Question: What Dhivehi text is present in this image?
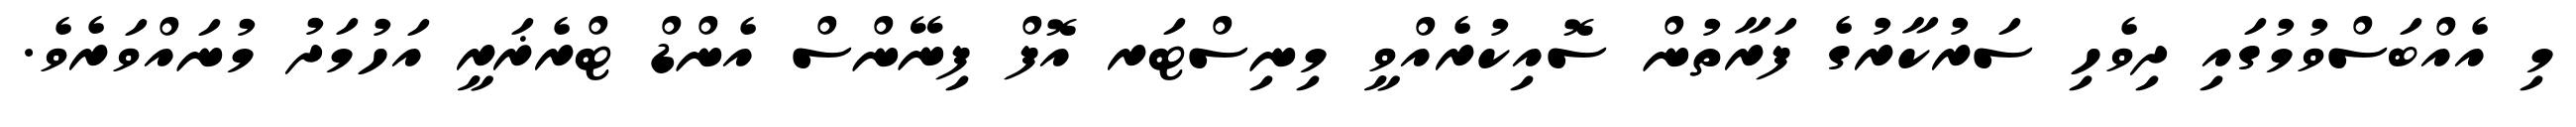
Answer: މި އެއްބަސްވުމުގައި ދިވެހި ސަރުކާރުގެ ފަރާތުން ސޮއިކުރެއްވީ މިނިސްޓަރ އޮފް ފިނޭންސް އެންޑް ޓްރެޜަރީ އަހުމަދު މުނައްވަރެވެ.